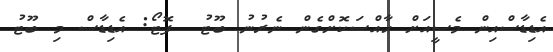
އެޑިޑާސްއިން މެސީއަށް ހާއްސަކޮށްގެން ނެރުނު ބޫޓު  ފޮޓޯ: އެޑިޑާސް މި ބޫޓު